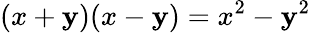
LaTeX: (x+\mathbf{y})(x-\mathbf{y})=x^{2}-\mathbf{y}^{2}